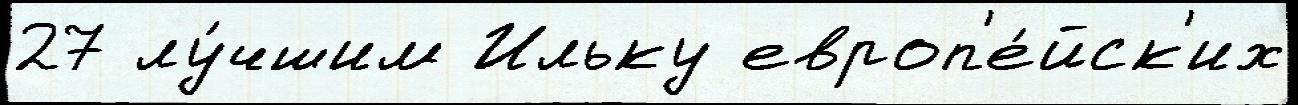
27 лу́чшим Ильку европ'е́йск'их